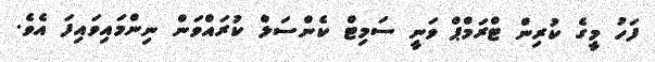
ފަހު މީގެ ކުރިން ޓްރަމްޕް ވަނީ ސަމިޓް ކެންސަލް ކުރައްވަން ނިންމައިވައިފަ އެވެ.